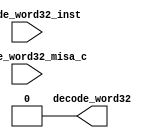
//
// Generated by Bluespec Compiler, version 2022.01-36-ga6304315 (build a6304315)
//
// On Tue Oct  4 10:37:05 CEST 2022
//
//
// Ports:
// Name                         I/O  size props
// decode_word32                  O     1 const
// decode_word32_inst             I    32 unused
// decode_word32_misa_c           I     1 unused
//
// No combinational paths from inputs to outputs
//
//

`ifdef BSV_ASSIGNMENT_DELAY
`else
  `define BSV_ASSIGNMENT_DELAY
`endif

`ifdef BSV_POSITIVE_RESET
  `define BSV_RESET_VALUE 1'b1
  `define BSV_RESET_EDGE posedge
`else
  `define BSV_RESET_VALUE 1'b0
  `define BSV_RESET_EDGE negedge
`endif

module module_decode_word32(decode_word32_inst,
			    decode_word32_misa_c,
			    decode_word32);
  // value method decode_word32
  input  [31 : 0] decode_word32_inst;
  input  decode_word32_misa_c;
  output decode_word32;

  // signals for module outputs
  wire decode_word32;

  // value method decode_word32
  assign decode_word32 = 1'd0 ;
endmodule  // module_decode_word32